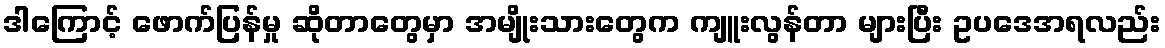
ဒါကြောင့် ဖောက်ပြန်မှု ဆိုတာတွေမှာ အမျိုးသားတွေက ကျူးလွန်တာ များပြီး ဥပဒေအရလည်း